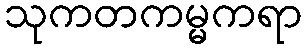
သုကတကမ္မကရာ